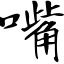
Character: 嘴